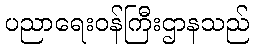
ပညာရေးဝန်ကြီးဌာနသည်